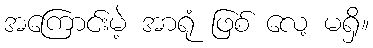
အကြောင်းမဲ့ အာရုံ ဖြစ် လေ့ မရှိ။